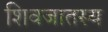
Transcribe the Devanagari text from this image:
शिवजातस्य